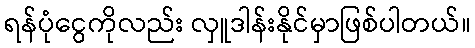
ရန်ပုံငွေကိုလည်း လှူဒါန်းနိုင်မှာဖြစ်ပါတယ်။